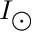
I _ { \bigodot }